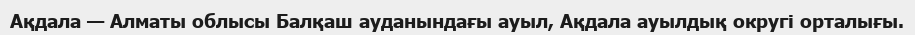
Ақдала — Алматы облысы Балқаш ауданындағы ауыл, Ақдала ауылдық округі орталығы.